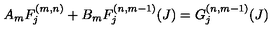
A _ { m } F _ { j } ^ { ( m , n ) } + B _ { m } F _ { j } ^ { ( n , m - 1 ) } ( J ) = G _ { j } ^ { ( n , m - 1 ) } ( J )